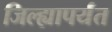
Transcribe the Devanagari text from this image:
जिल्ह्यापर्यंत